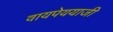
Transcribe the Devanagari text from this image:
वायपेययाजी